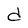
Character: d